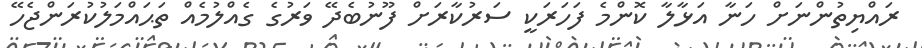
ރައްޔިތުންނަށް ހަނާ އަޅާލާ ކޮންމެ ފަހަރަކީ ސަރުކާރަށް ފޫނުބެދޭ ވަރުގެ ގެއްލުމެއް ތަޙައްމަލުކުރަންޖެހޭ